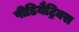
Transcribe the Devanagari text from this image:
पीडियैट्रिक्स